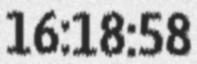
16:18:58